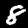
Digit: 8